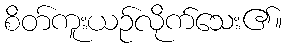
စိတ်ကူးယဉ်လိုက်သေး၏။